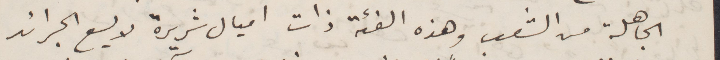
الجاهلة من الشعب وهذه الفئة ذات اميال شريرة لا يسع الجرائد